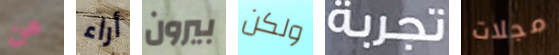
من أراء بيرون ولكن تجربة مجلات